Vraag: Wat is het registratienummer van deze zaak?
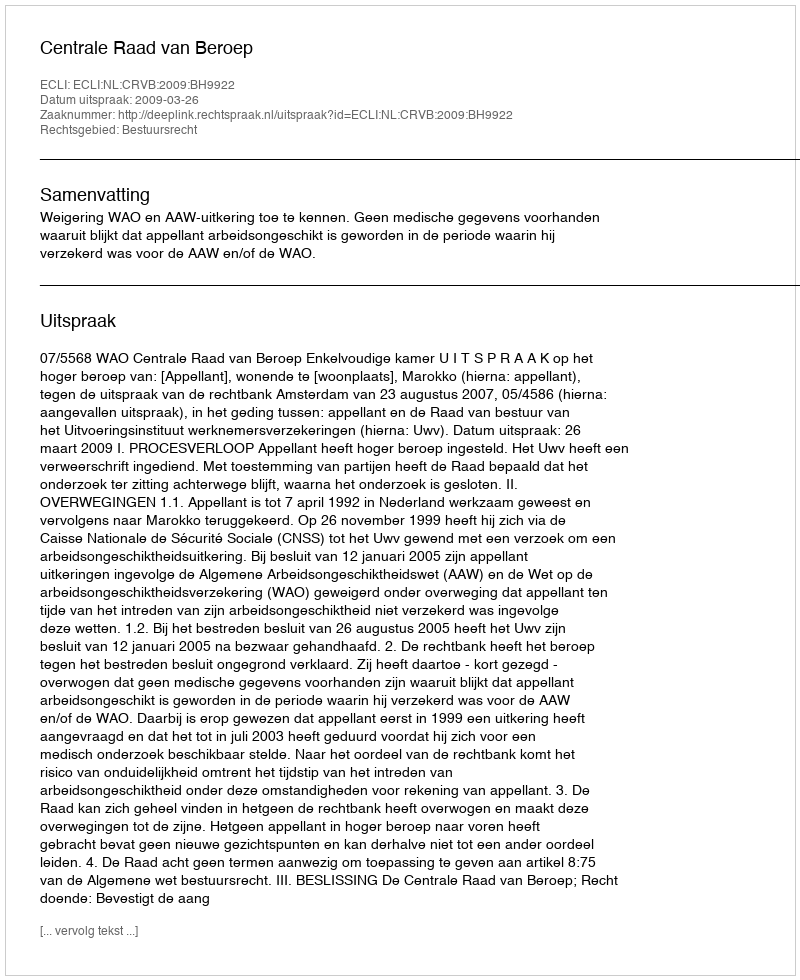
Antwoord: http://deeplink.rechtspraak.nl/uitspraak?id=ECLI:NL:CRVB:2009:BH9922